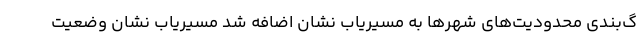
گ‌بندی محدودیت‌های شهرها به مسیریاب نشان اضافه شد مسیریاب نشان وضعیت